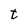
Character: t